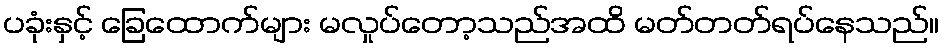
ပခုံးနှင့် ခြေထောက်များ မလှုပ်တော့သည်အထိ မတ်တတ်ရပ်နေသည်။